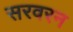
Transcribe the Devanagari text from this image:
सरवरन